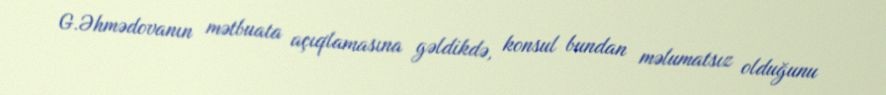
G.Əhmədovanın mətbuata açıqlamasına gəldikdə, konsul bundan məlumatsız olduğunu